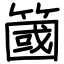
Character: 簂